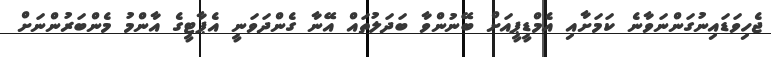
ޖެހިވަޑައިނުގަންނަވާނެ ކަމަށާއި އެމްޑީޕީއަށް ބޭނުންވާ ބަދަލުތައް އޭނާ ގެންދަވަނީ އެޕާޓީގެ އާންމު މެންބަރުންނަށް